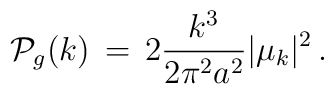
{\cal P}_g(k) \, = \, 2 {{k^3} \over {2 \pi^2a^2}}\vert \mu_k \vert ^2\, .